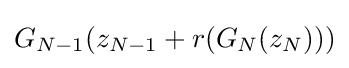
G_{N-1}(z_{N-1}+r(G_{N}(z_{N})))